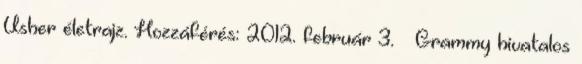
Usher életrajz. Hozzáférés: 2012. február 3. ↑ Grammy hivatalos